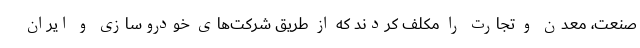
صنعت، معدن و تجارت را مکلف کردند که از طریق شرکت‌های خودروسازی و ایران